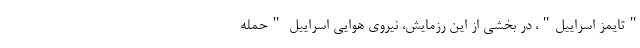
"تایمز اسراییل"، در بخشی از این رزمایش، نیروی هوایی اسراییل "حمله